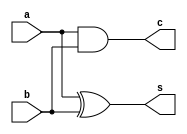
`timescale 1ns/1ps
module HA_bh(s,c,a,b); 
    input a,b;
    output reg s,c;

    //behavioral design style
    always @(a,b)
    begin
        s=a^b;
        c=a&b;
    end
endmodule //HA